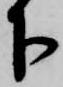
下